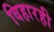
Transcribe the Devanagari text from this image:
विहारही